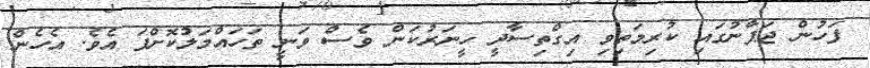
ފަހުން ޖަޕާނުގައި ކުރިމަތިވި އިގްތިސާދީ ހީނަރުކަން ވެސް ވަނީ ތަހައްމަލުކޮށްފަ އެވެ. އެހެން